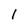
Character: l